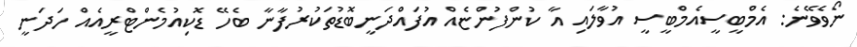
ނޯވެވޭނެ: އެމްބީސީއެމްބީސީ އުވާލައި އާ ކުންފުންޏެއް އުފައްދަނީބޮޑުތަކުރުފާނާ ބެހޭ ޑޮކިއުމެންޓްރީއެއް ހަދަނީ